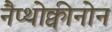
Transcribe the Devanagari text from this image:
नैप्थोक्वीनोन